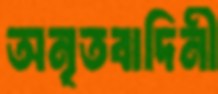
অনৃতবাদিনী